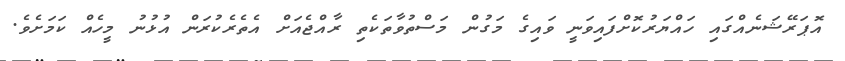
އޮޕަރޭޝަނެއްގައި ހައްޔަރުކޮށްފައިވަނީ ވައިގެ މަގުން މަސްތުވާތަކެތި ރާއްޖެއަށް އެތެރެކުރަން އުޅުނު މީހެއް ކަމަށެވެ.